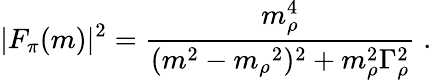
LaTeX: |F_{\pi}(m)|^{2}=\frac{m_{\rho}^{4}}{(m^{2}-m_{\rho}{}^{2})^{2}+m_{\rho}^{2}\Gamma_{\rho}^{2}}\; .